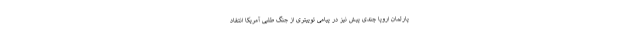
پارلمان اروپا چندی پیش نیز در پیامی توییتری از جنگ طلبی آمریکا انتقاد